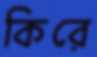
কিরে